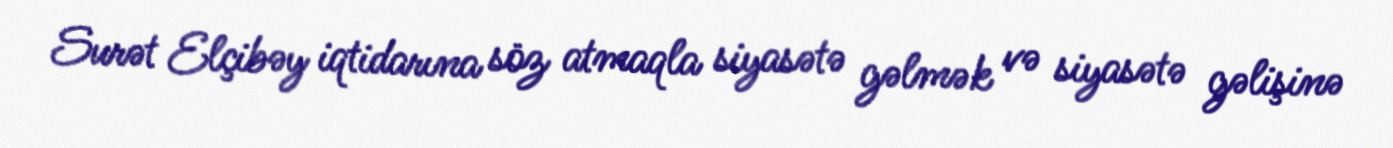
Surət Elçibəy iqtidarına söz atmaqla siyasətə gəlmək və siyasətə gəlişinə